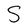
Character: S